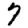
Digit: 7